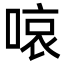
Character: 㗒